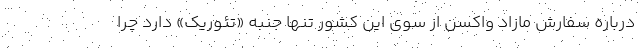
درباره سفارش مازاد واکسن از سوی این کشور تنها جنبه «تئوریک» دارد چرا